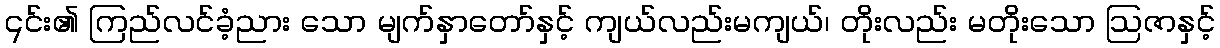
၎င်း၏ ကြည်လင်ခံ့ညား သော မျက်နှာတော်နှင့် ကျယ်လည်းမကျယ်၊ တိုးလည်း မတိုးသော ဩဇာနှင့်